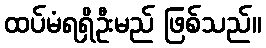
ထပ်မံရရှိဦးမည် ဖြစ်သည်။